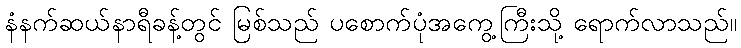
နံနက်ဆယ်နာရီခန့်တွင် မြစ်သည် ပစောက်ပုံအကွေ့ကြီးသို့ ရောက်လာသည်။